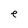
Character: e